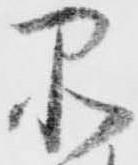
品